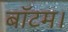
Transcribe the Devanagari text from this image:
बॉटम।